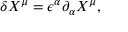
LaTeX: \delta X ^ { \mu } = \epsilon ^ { \alpha } \partial _ { \alpha } X ^ { \mu } ,